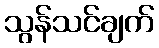
သွန်သင်ချက်